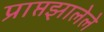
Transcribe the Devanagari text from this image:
प्राप्तझालेले